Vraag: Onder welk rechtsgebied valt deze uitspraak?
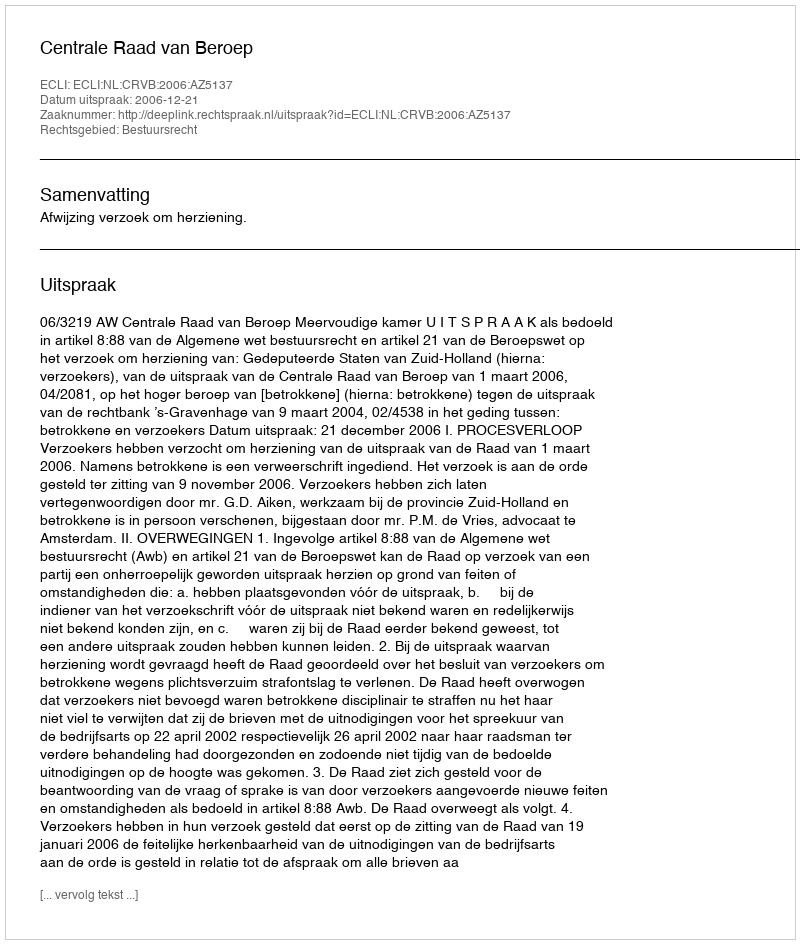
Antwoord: Bestuursrecht